Indian journal of veterinary science and animal husbandry - Volumes 22-23, 1952-1953
Year: 1952
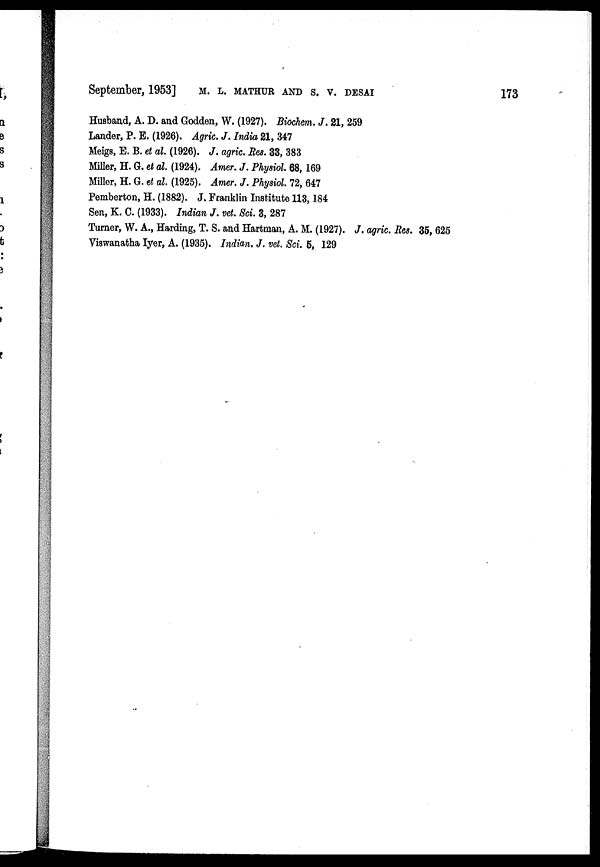
September, 1953] M. L. MATHUR AND S. V. DESAI 173
Husband, A. D. and Godden, W. (1927). Biochem. J. 21, 259
Lander, P. E. (1926). Agric. J. India 21, 347
Meigs, E. B. et al. (1926). J. agric. Res. 33, 383
Miller, H. G. et al. (1924). Amer. J. Physiol. 68, 169
Miller, H. G. et al. (1925). Amer. J. Physiol. 72, 647
Pemberton, H. (1882). J. Franklin Institute 113, 184
Sen, K. C. (1933). Indian J. vet. Sci. 3, 287
Turner, W. A., Harding, T. S. and Hartman, A. M. (1927). J. agric. Res. 35, 625
Viswanatha Iyer, A. (1935). Indian. J. vet. Sci. 5, 129